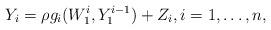
LaTeX: \begin{align*} Y_i={\rho}g_i(W_1^i, Y_1^{i-1})+Z_i,i=1, \ldots, n,\end{align*}